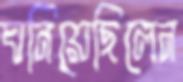
ঘনিয়েছিলেন